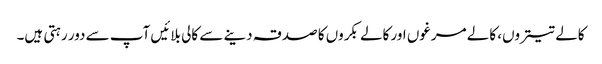
کالے تیتروں، کالے مرغوں اور کالے بکروں کا صدقہ دینے سے کالی بلائیں آپ سے دور رہتی ہیں۔